Indian Medical Review
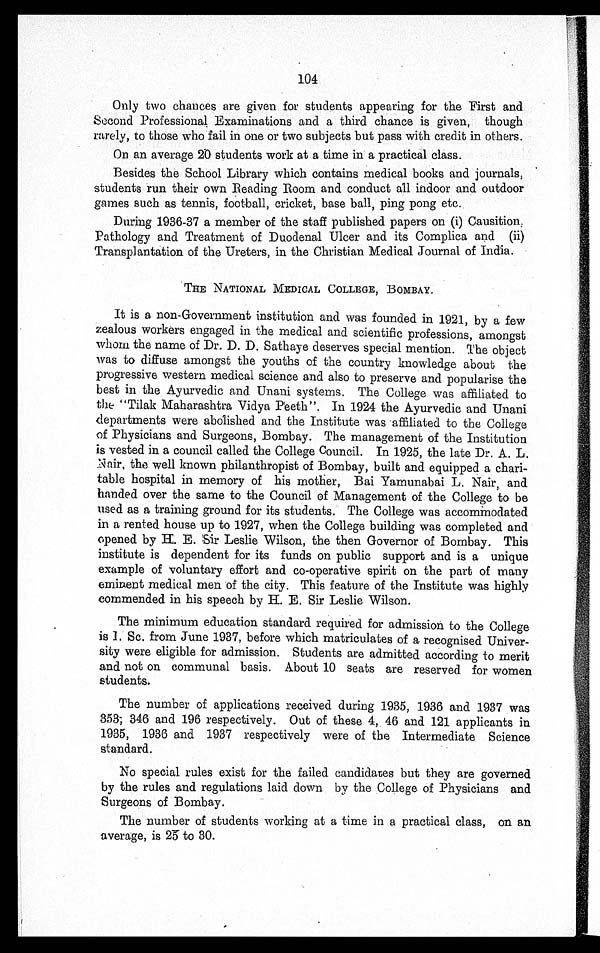
104
Only two chances are given for students appearing for the First and
Second Professional Examinations and a third chance is given, though
rarely, to those who fail in one or two subjects but pass with credit in others.
On an average 20 students work at a time in a practical class.
Besides the School Library which contains medical books and journals,
students run their own Reading Room and conduct all indoor and outdoor
games such as tennis, football, cricket, base ball, ping pong etc.
During 1936-37 a member of the staff published papers on (i) Causition,
Pathology and Treatment of Duodenal Ulcer and its Complica and (ii)
Transplantation of the Ureters, in the Christian Medical Journal of India.
THE NATIONAL MEDICAL COLLEGE, BOMBAY.
It is a non-Government institution and was founded in 1921, by a few
zealous workers engaged in the medical and scientific professions, amongst
whom the name of Dr. D. D. Sathaye deserves special mention. The object
was to diffuse amongst the youths of the country knowledge about the
progressive western medical science and also to preserve and popularise the
best in the Ayurvedic and Unani systems. The College was affiliated to
the "Tilak Maharashtra Vidya Peeth". In 1924 the Ayurvedic and Unani
departments were abolished and the Institute was affiliated to the College
of Physicians and Surgeons, Bombay. The management of the Institution
is vested in a council called the College Council. In 1925, the late Dr. A. L.
Nair, the well known philanthropist of Bombay, built and equipped a chari-
table hospital in memory of his mother, Bai Yamunabai L. Nair, and
handed over the same to the Council of Management of the College to be
used as a training ground for its students. The College was accommodated
in a rented house up to 1927, when the College building was completed and
opened by H. E. Sir Leslie Wilson, the then Governor of Bombay. This
institute is dependent for its funds on public support and is a unique
example of voluntary effort and co-operative spirit on the part of many
eminent medical men of the city. This feature of the Institute was highly
commended in his speech by H. E. Sir Leslie Wilson.
The minimum education standard required for admission to the College
is I. Sc. from June 1937, before which matriculates of a recognised Univer-
sity were eligible for admission. Students are admitted according to merit
and not on communal basis. About 10 seats are reserved for women
students.
The number of applications received during 1935, 1936 and 1937 was
3 5 3 , 3 4 6 a n d 1 9 6 r e s p e c t i v e l y . O u t o f t h e s e 4 , 4 6 a n d 1 2 1 a p p l i c a n t s i n
1935, 1936 and 1937 respectively were of the Intermediate Science
standard.
No special rules exist for the failed candidates but they are governed
by the rules and regulations laid down by the College of Physicians and
Surgeons of Bombay.
The number of students working at a time in a practical class, on an
average, is 25 to 30.